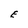
Character: E